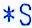
*S